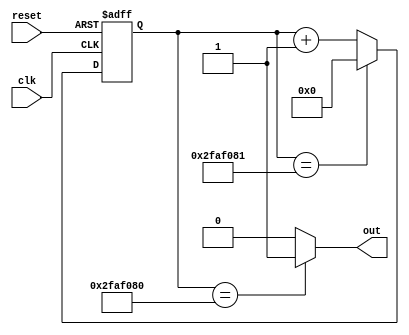
module counter(clk,reset,out);

	input clk;
	input reset;
	output reg out;

	reg[25:0] counter_reg, counter_next;
	
	
	always @(posedge(clk), posedge(reset))
	begin
		if(reset == 1'b1)
			counter_reg <= 1'b0;
		else
			if(counter_reg == 26'b10111110101111000010000001)
				counter_reg <= 26'b0;
			else 
				counter_reg <= counter_next;
	
	end 
	
	always @ (*)
	begin
		counter_next <= counter_reg + 26'b00000000000000000000000001;
		if(counter_reg == 26'b10111110101111000010000000)
			out <= 1'b1;
		else 
			out <= 1'b0;
		
	end 



endmodule